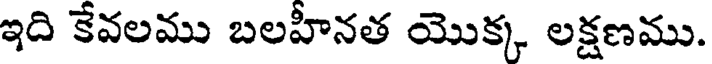
ఇది కేవలము బలహీనత యొక్క లక్షణము.